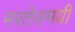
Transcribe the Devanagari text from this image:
मरतेसमयी